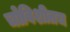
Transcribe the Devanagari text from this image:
चोविशीतच